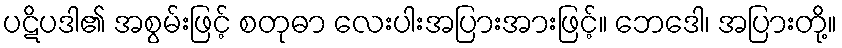
ပဋိပဒါ၏ အစွမ်းဖြင့် စတုဓာ လေးပါးအပြားအားဖြင့်။ ဘေဒေါ၊ အပြားတို့။